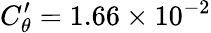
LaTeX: C_{\theta}^{\prime}=1.66\times 10^{-2}